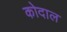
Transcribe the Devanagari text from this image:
कोदाल